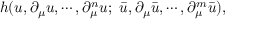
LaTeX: h ( u , \partial _ { \mu } u , \cdots , \partial _ { \mu } ^ { n } u ; \ \bar { u } , \partial _ { \mu } \bar { u } , \cdots , \partial _ { \mu } ^ { m } \bar { u } ) ,